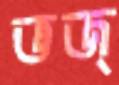
ভজ্‌